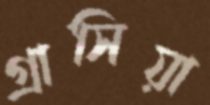
গ্রাসিয়া